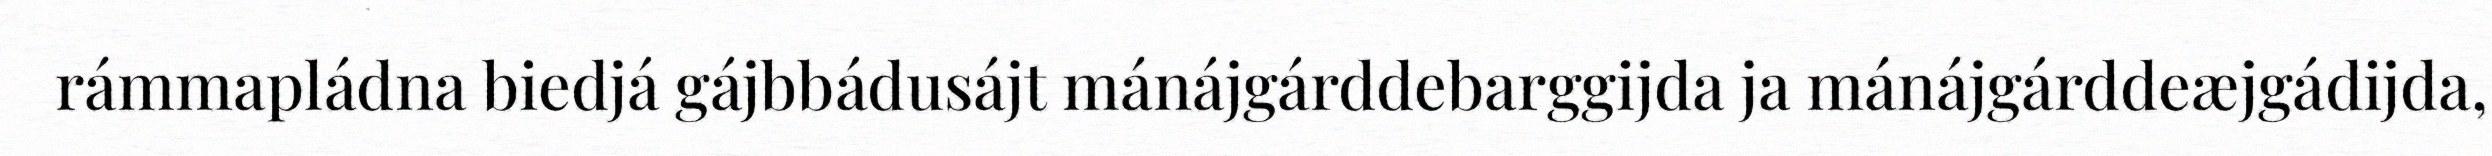
rámmapládna biedjá gájbbádusájt mánájgárddebarggijda ja mánájgárddeæjgádijda,